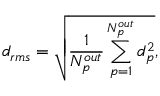
d _ { r m s } = \sqrt { \frac { 1 } { N _ { p } ^ { o u t } } \sum _ { p = 1 } ^ { N _ { p } ^ { o u t } } d _ { p } ^ { 2 } } ,